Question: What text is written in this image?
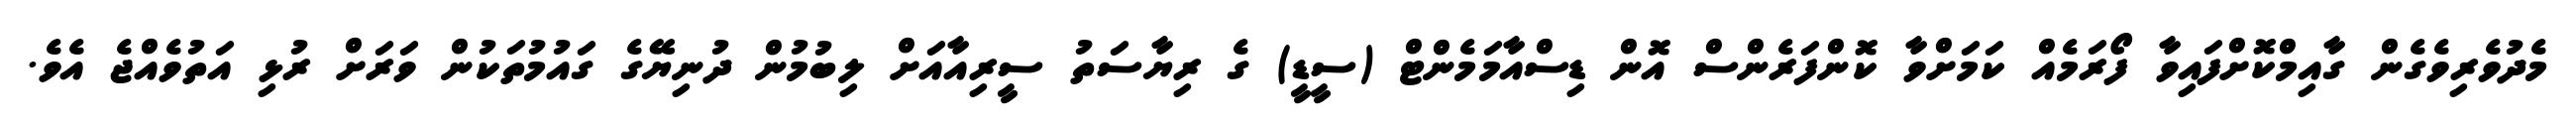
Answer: މެދުވެރިވެގެން ގާއިމްކޮށްފައިވާ ފޯރަމެއް ކަމަށްވާ ކޮންފަރެންސް އޮން ޑިސްއާމަމެންޓް (ސީޑީ) ގެ ރިޔާސަތު ސީރިއާއަށް ލިބުމުން ދުނިޔޭގެ ގައުމުތަކުން ވަރަށް ރުޅި އަތުވެއްޖެ އެވެ.